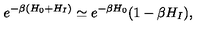
e ^ { - \beta ( H _ { 0 } + H _ { I } ) } \simeq e ^ { - \beta H _ { 0 } } ( 1 - \beta H _ { I } ) ,